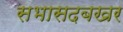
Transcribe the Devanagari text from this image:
सभासदबखर